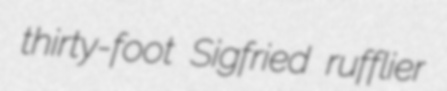
thirty-foot Sigfried rufflier